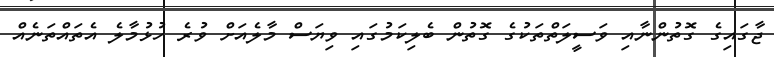
ޖާގައިގެ ގޮތުންނާއި ވަސީލަތްތަކުގެ ގޮތުން ބެލިކަމުގައި ވިޔަސް މާލެއަށް ވުރެ ހުޅުމާލެ އެތައްތަނެއް